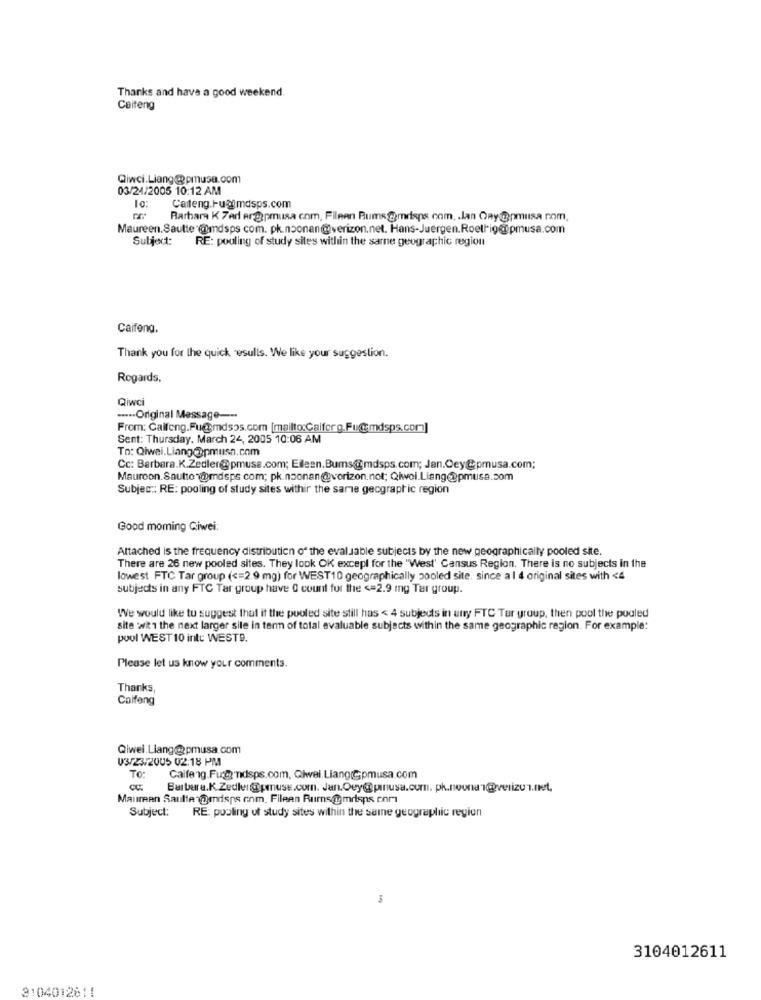
Thanks and have a good weekend.
Caiteng
Qiwci.Liang@pmusa.com
03/24/2005 10:12 AM
10 :
Carteng.Fu@lmdsps.com
Rarbare K Zad Argipmusa com, Fileen Rums gmdsps com, . lan Ony @pmusa rom,
Maureen.Sautte @mndsps com. pk.noonan@verizon.net. Hans-Juergen.Roellig@pmusa.com
Subject: RE: pooling of study sites within the sarne geographic region
Caifeng.
Thank you for the quick esulls. We like your suggestion.
Regards,
Qiwc
····- Original Message ---
From: Calfeng.Fu@mdsos.com [mailto:Calferg.Fug;mdsps.com]
Sent: Thursday, March 24, 2005 10:06 AM
To: Qiwei. Liang@pmush.com
Cc: Barbara.K.Zedler@pmuse.com; Eileen.Bumsmdsps.com; Jan.Cey@pmusa.com;
Maurcon. Sautto @omdsps com; pk. noonan@verizon.not; Qiwoi.Liang@@pmusa.com
Subject: RE: pooling of study sites withir the sarie geographic region
Good moming Ciwei:
Attached is the frequency distribution of the evalJable subjects by the new geographically pooled site.
There are 26 new pooled sites. They look OK except for the "West' Cansus Region. There is no subjects in the
lowest FTC Tar group ( <= 2.9 mg) for WEST10 geographically pooled site. since a 1 4 original sites with <4
subjects in any FTC Tar group have 0 count for the <= 2.9 mg Ter group.
We would like to suggest that it the pooled site still has < 4 subjects in any FTC Ter group, then pool the podled
site with the next larger sile in ten of total evaluable subjects within the same geographic region. For example:
pool WEST 10 inte WEST9.
Please let us know your comments.
Thanks,
Colfeng
Qiwei Liang@pmusa.com
V3/23/2005 02:18 PM
TO:
Caifeng.Fugg nidsps.com, Qiwei.LiangGpmusa.com
Barbara.K. Zedler@pmuse.com. Jan.Oey@pinusa.cum. pk.noonan@verizon.net,
Maureen Saulte @endsps onm. Fileen Rums@mrlsps com
Subject: RE: pooling of study sites within the same geographic region
3104012611
3104012811